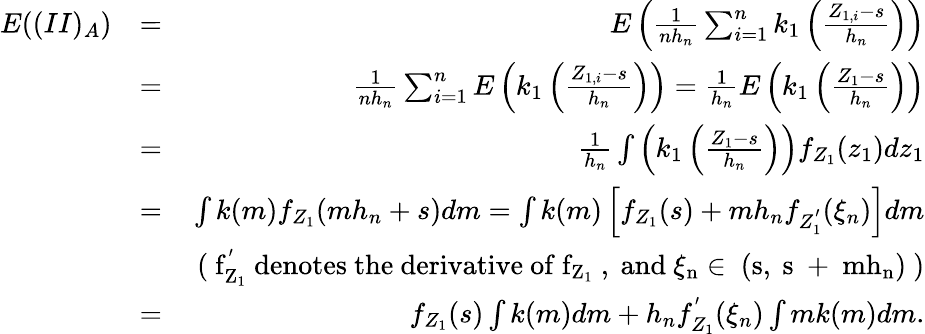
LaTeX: \begin{array}{rlr}{E((II)_{A})}&{=}&{E\left(\frac{1}{nh_{n}}\sum_{i=1}^{n}k_{1}\left(\frac{Z_{1,i}-s}{h_{n}}\right)\right)}\\ &{=}&{\frac{1}{nh_{n}}\sum_{i=1}^{n}E\left(k_{1}\left(\frac{Z_{1,i}-s}{h_{n}}\right)\right)=\frac{1}{h_{n}}E\left(k_{1}\left(\frac{Z_{1}-s}{h_{n}}\right)\right)}\\ &{=}&{\frac{1}{h_{n}}\int\left(k_{1}\left(\frac{Z_{1}-s}{h_{n}}\right)\right)f_{Z_{1}}(z_{1})dz_{1}}\\ &{=}&{\int k(m)f_{Z_{1}}(mh_{n}+s)dm=\int k(m)\left[f_{Z_{1}}(s)+mh_{n}f_{Z_{1}^{'}}(\xi_{n})\right]dm}\\ &{}&{~\mathrm{(~f_{Z_{1}}^{'}~denotes~the~derivative~of~f_{Z_{1}}~,~and~\xi_{n}\in~(s,~s~+~mh_{n})~)}}\\ &{=}&{f_{Z_{1}}(s)\int k(m)dm+h_{n}f_{Z_{1}}^{'}(\xi_{n})\int mk(m)dm.}\end{array}